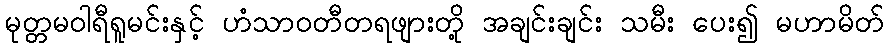
မုတ္တမဝါရီရူမင်းနှင့် ဟံသာဝတီတရဖျားတို့ အချင်းချင်း သမီး ပေး၍ မဟာမိတ်